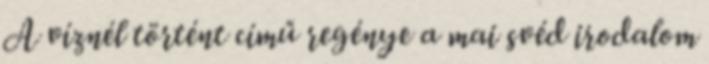
A víznél történt című regénye a mai svéd irodalom